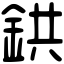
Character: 鉷